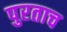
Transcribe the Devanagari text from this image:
पुरताच